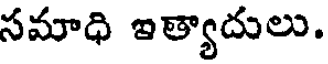
సమాధి ఇత్యాదులు.